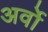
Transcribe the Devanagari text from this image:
अर्वो